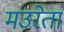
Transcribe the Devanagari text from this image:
मउरेता